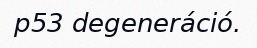
p53 degeneráció.